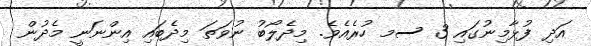
އަދި ފުޅާމިނުގައި 3 ސމ ހުރެއެވެ. މިދެލޯބު ނުވަތަ މިދެބައި އިންނަނީ މެދުން